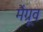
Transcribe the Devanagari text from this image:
मैंग्रूव